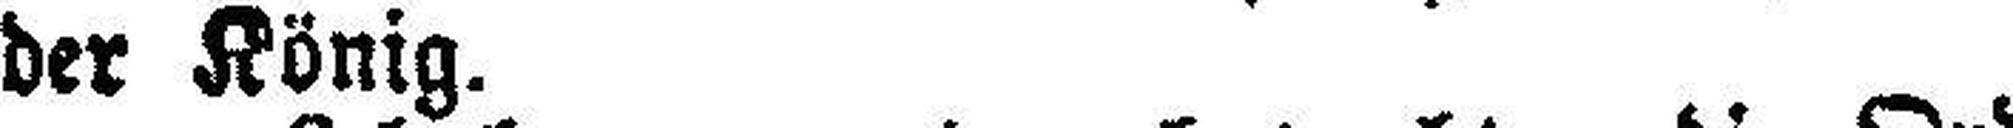
der König.